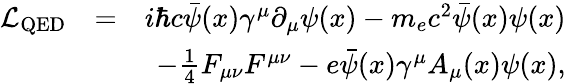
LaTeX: \begin{array}{r}{\begin{array}{rlr}{\mathcal{L}_{\mathrm{QED}}}&{=}&{i\hbar c\bar{\psi}(x)\gamma^{\mu}\partial_{\mu}\psi(x)-m_{e}c^{2}\bar{\psi}(x)\psi(x)}\\ &{}&{-\frac{1}{4}F_{\mu\nu}F^{\mu\nu}-e\bar{\psi}(x)\gamma^{\mu}A_{\mu}(x)\psi(x),}\end{array}}\end{array}